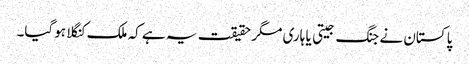
پاکستان نے جنگ جیتی یا ہاری مگر حقیقت یہ ہے کہ ملک کنگلا ہوگیا۔